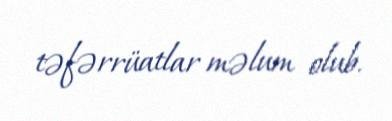
təfərrüatlar məlum olub.